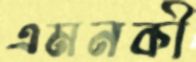
এমনকী